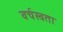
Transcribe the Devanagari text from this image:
वर्चस्वता